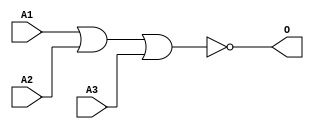
module MJNOR3C(A1, A2, A3, O);
input   A1;
input   A2;
input   A3;
output  O;
nor g0(O, A1, A2, A3);
endmodule